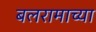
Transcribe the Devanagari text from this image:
बलरामाच्या